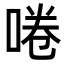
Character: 啳